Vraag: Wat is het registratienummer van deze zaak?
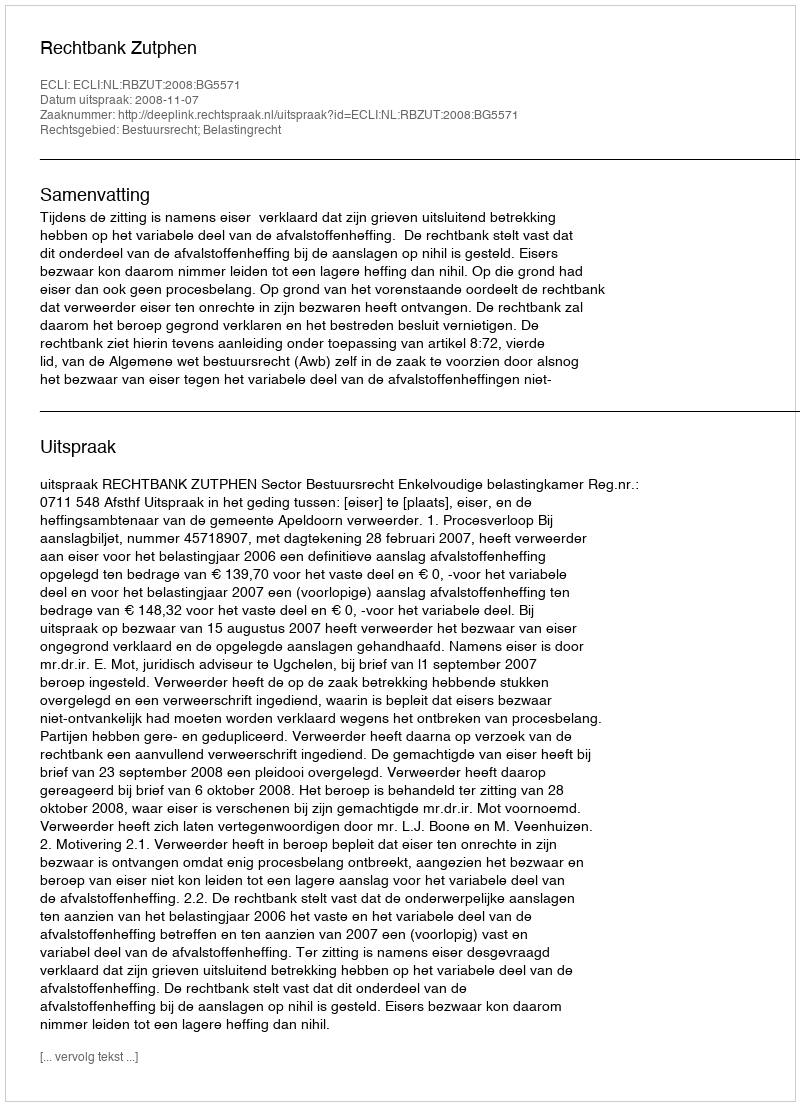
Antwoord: http://deeplink.rechtspraak.nl/uitspraak?id=ECLI:NL:RBZUT:2008:BG5571